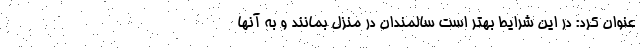
عنوان کرد: در این شرایط بهتر است سالمندان در منزل بمانند و به آنها